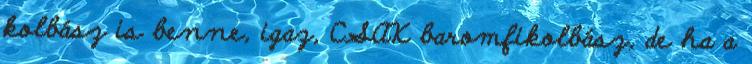
kolbász is benne, igaz, CSAK baromfikolbász, de ha a